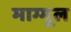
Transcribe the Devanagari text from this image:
माग्गूल